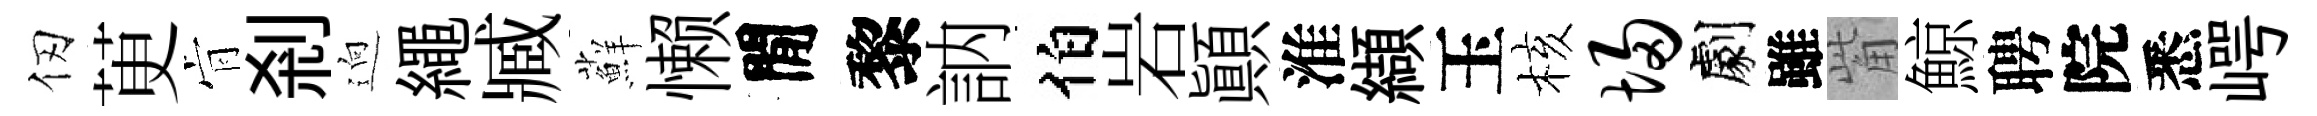
仞茰肻剎逈繩臧蘚懒閒黎訥伯岩顚淮纈玉核埽劇雖觜鯨聘院悉崿